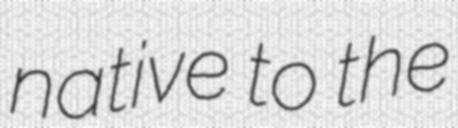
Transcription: native to the